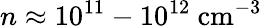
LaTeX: n\approx 10^{11}-10^{12}~\mathrm{cm^{-3}}